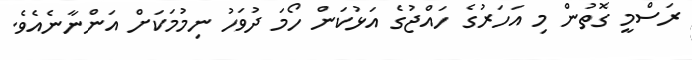
ރަސްމީ ގޮތުން މި އަހަރުގެ ހައްޖުގެ އަޅުކަން ހޯމަ ދުވަހު ނިމުމަކަށް އަންނާނެއެވެ.